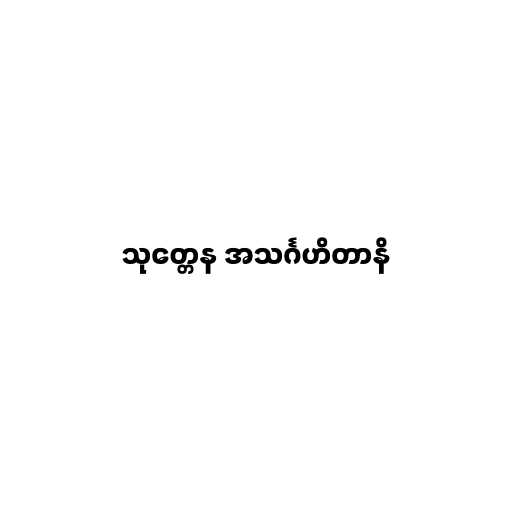
သုတ္တေန အသင်္ဂဟိတာနိ